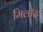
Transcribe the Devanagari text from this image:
मिलॉद